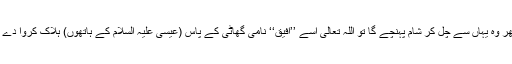
) پھر وہ یہاں سے چل کر شام پہنچے گا تو اللہ تعالی اسے ’’اَفیق‘‘ نامی گھاٹی کے پاس (عیسیٰ علیہ السلام کے ہاتھوں) ہلاک کروا دے گا۔